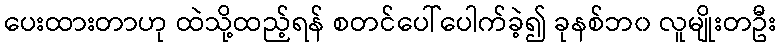
ပေးထားတာဟု ထဲသို့ထည့်ရန် စတင်ပေါ်ပေါက်ခဲ့၍ ခုနစ်ဘ၀ လူမျိုးတဦး